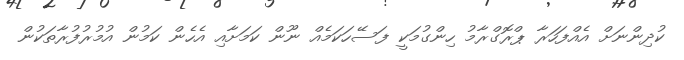
ކުދިންނަށް އެއްފަހަރާ ޕްރޮގްރާމު ހިންގުމަކީ ފަސޭހަކަމެއް ނޫން ކަމަށާއި އެހެން ކަމުން އުމުރުފުރާތަކުން